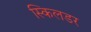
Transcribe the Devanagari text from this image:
स्किलडर